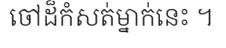
ចៅដ៏កំសត់ម្នាក់នេះ ។